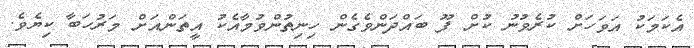
އެކަމަކު އަވަހަށް ކުރެވުނު ކުށް ފޫ ބައްދަންވެގެން ހިނިތުންވުމާއެކު އީތަންއަށް މަރުހަބާ ކިޔެވެ.